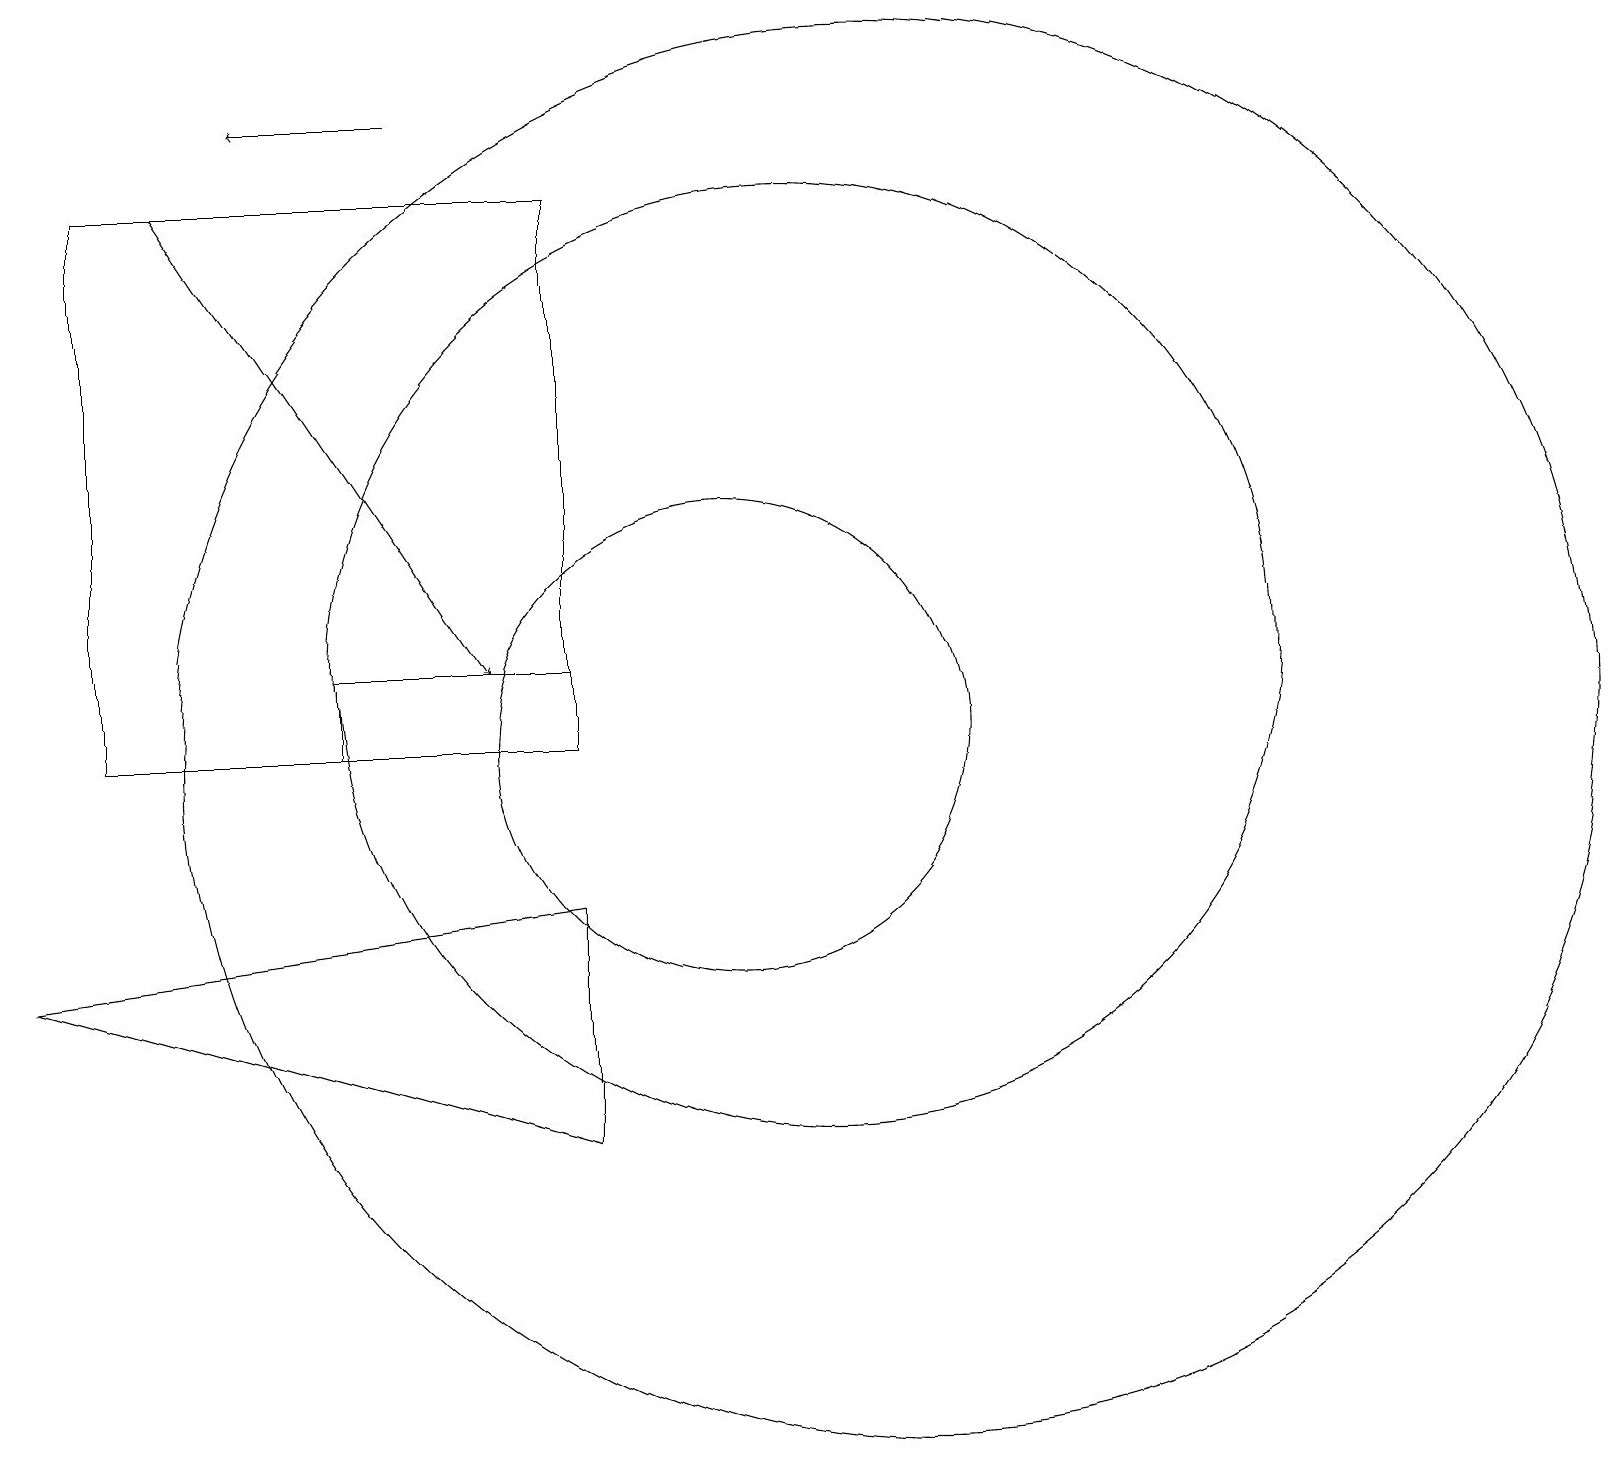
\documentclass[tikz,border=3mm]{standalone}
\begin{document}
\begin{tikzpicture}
\draw (8,8) -- (1,7) -- (8,5) -- cycle;
\draw[->] (3,17) -- (7,11);
\draw (8,10) rectangle (2,17);
\draw (10,10) circle (3);
\draw (5,10) rectangle (8,11);
\draw (12,10) circle (9);
\draw (11,11) circle (6);
\draw[->] (6,18) -- (4,18);
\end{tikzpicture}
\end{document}